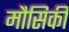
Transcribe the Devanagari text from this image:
मौसिकी